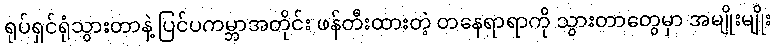
ရုပ်ရှင်ရုံသွားတာနဲ့ ပြင်ပကမ္ဘာအတိုင်း ဖန်တီးထားတဲ့ တနေရာရာကို သွားတာတွေမှာ အမျိုးမျိုး